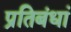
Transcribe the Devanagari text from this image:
प्रतिबंधां